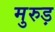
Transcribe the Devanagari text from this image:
मुरुड़